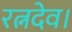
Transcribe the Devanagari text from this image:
रत्नदेव।